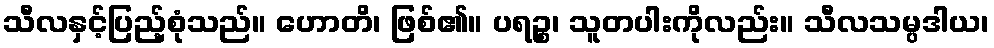
သီလနှင့်ပြည့်စုံသည်။ ဟောတိ၊ ဖြစ်၏။ ပရဉ္စ၊ သူတပါးကိုလည်း။ သီလသမ္ပဒါယ၊